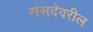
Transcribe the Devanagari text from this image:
संसदेवरील